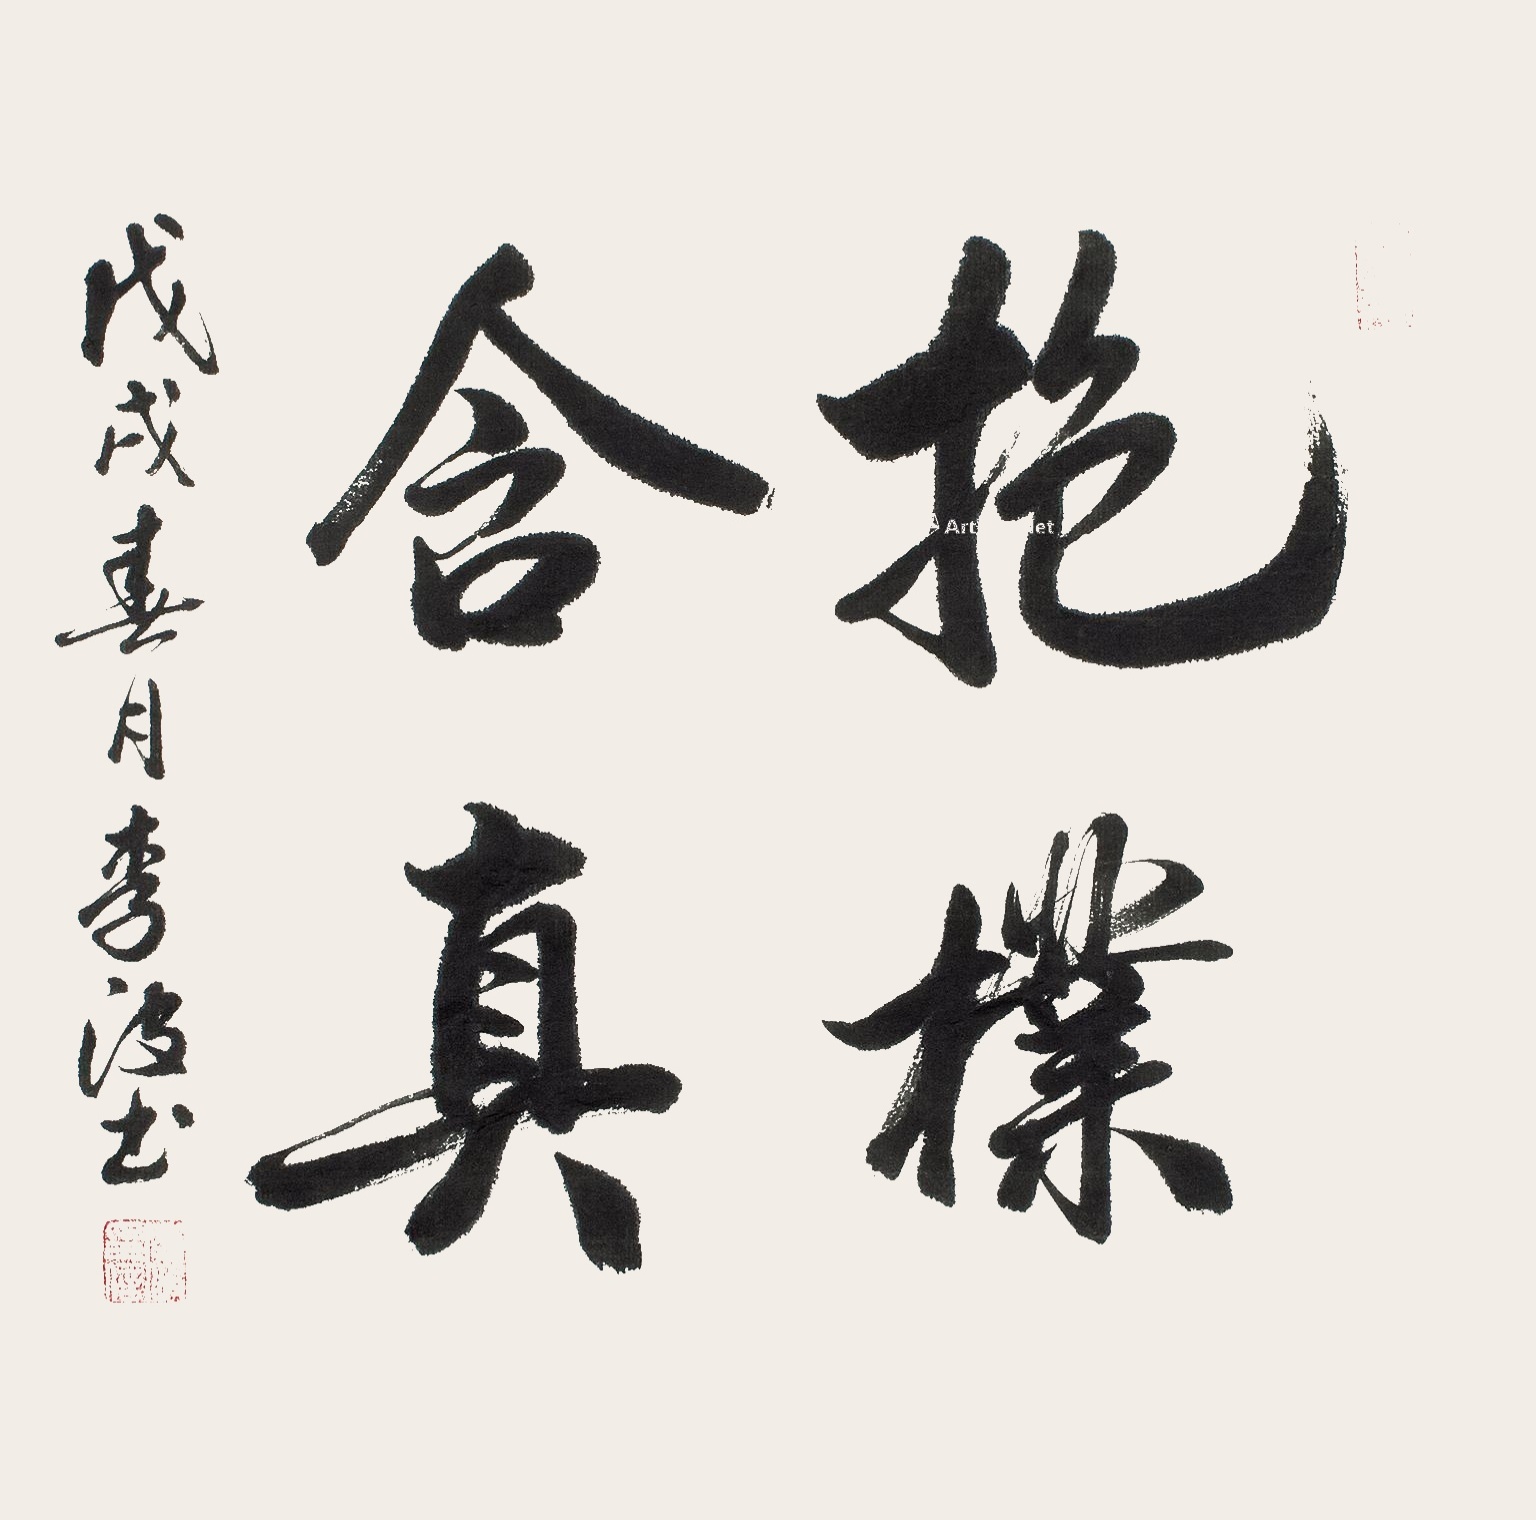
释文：抱朴含真戊戌春月李波书